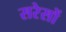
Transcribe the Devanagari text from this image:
सरेसों